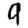
Digit: 9